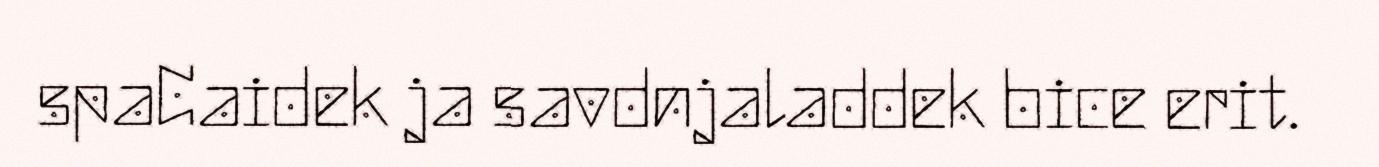
spaCaidek ja savdnjaladdek bice erit.